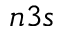
n 3 s